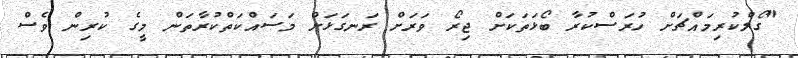
"ގޯލްކުރިމައްޗަށް ހުރަސްކުރާ ބޯޅަތަކަށް ޖިރޯ ވަރަށް ރަނގަޅަށް މަސައްކަތްކުރާތަން މީގެ ކުރިން ވެސް